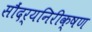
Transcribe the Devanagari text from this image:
सौंदर्यनिरीक्षण